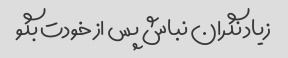
زیاد نگران نباش پس از خودت بگو